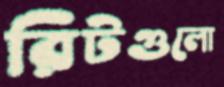
রিটগুলো